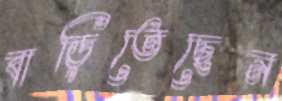
বাড়িতেছেন